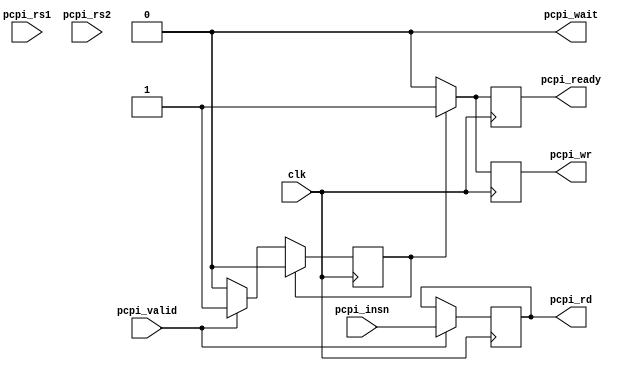
module cp_const(
    input clk,
    input[31:0] pcpi_rs1,
    input[31:0] pcpi_rs2,
    input[31:0] pcpi_insn,
    input pcpi_valid,
    output reg[31:0] pcpi_rd,
    output reg pcpi_wr,
    output reg pcpi_ready,
    output pcpi_wait
);

assign pcpi_wait = 0;
reg finish = 0;

always @(posedge clk) begin
    if (pcpi_valid) begin 
        pcpi_rd <= pcpi_insn;
        finish <= 1;
    end
    // pcpi wait somewhere in here?
    if (finish) begin
        pcpi_ready <= 1;
        pcpi_wr <= 1;
        finish <= 0;
    end else begin
        pcpi_wr <= 0;
        pcpi_ready <= 0;
    end
end


endmodule